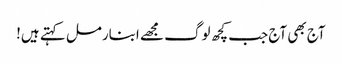
آج بھی آج جب کچھ لوگ مجھے ابنارمل کہتے ہیں!